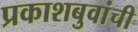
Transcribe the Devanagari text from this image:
प्रकाशबुवांची